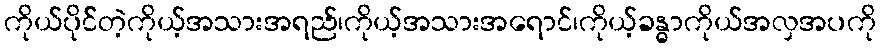
ကိုယ်ပိုင််တဲ့ကိုယ့်အသားအရည်၊ကိုယ့်အသားအရောင်၊ကိုယ့်ခန္ဓာကိုယ်အလှအပကို